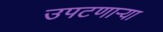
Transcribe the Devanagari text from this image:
उपटणार्‍या